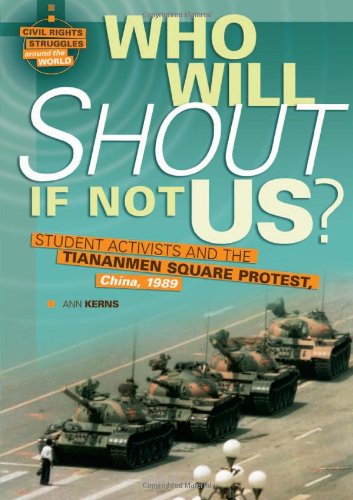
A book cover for Who Will Shout If Not Us?: Student Activists and the Tiananmen Square Protest, China, 1989 (Civil Rights Struggles Around the World); Ann Kerns; Teen & Young Adult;